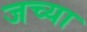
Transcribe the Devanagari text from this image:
जच्या